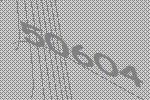
50604